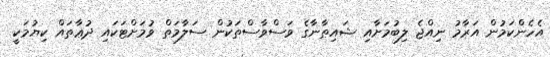
އެހެންކަމުން އަރާމު ނިއްޖެ ލިބުމަށާއި ޝައިޠާނާގެ ވަސްވާސްތަކުން ސަލާމަތް ވުމަށްޓަކައި ދުޢާތައް ކިޔުމަކީ